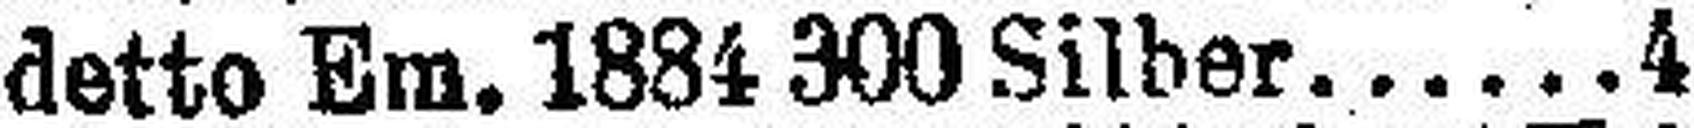
detto Em. 1884 300 Silber 4